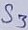
Text: S3